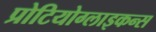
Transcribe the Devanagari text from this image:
प्रोटियोग्लाइकन्स